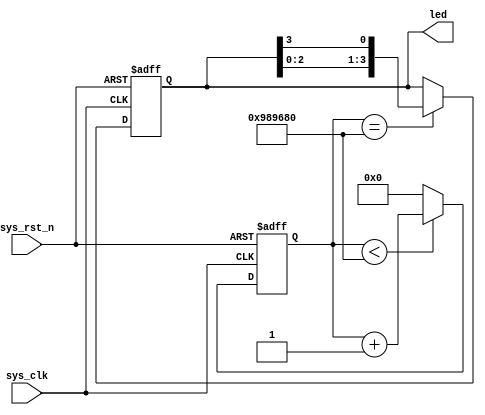
`timescale 1ns / 1ps

module flow_led(
    input           sys_clk,
    input           sys_rst_n,
    
    output reg[3:0] led    
);

reg[23:0]   cnt;

always @ (posedge sys_clk or negedge sys_rst_n) begin
    if(!sys_rst_n)
        cnt <= 24'd0;
    else if(cnt < 24'd1000_0000)
        cnt <= cnt + 1'b1;
    else
        cnt <= 24'd0;
end

always @ (posedge sys_clk or negedge sys_rst_n) begin
    if(!sys_rst_n)
        led <= 4'b0001;
    else if(cnt == 24'd1000_0000)
        led[3:0] <= {led[2:0], led[3]};
    else
        led <= led;
end
endmodule